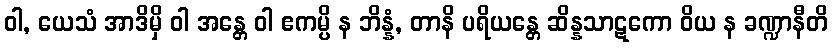
ဝါ, ယေသံ အာဒိမှိ ဝါ အန္တေ ဝါ ဧကမ္ပိ န ဘိန္နံ, တာနိ ပရိယန္တေ ဆိန္နသာဋကော ဝိယ န ခဏ္ဍာနီတိ